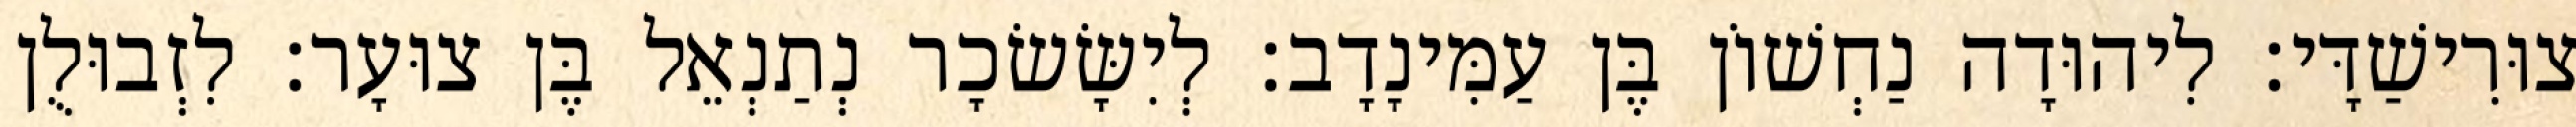
צוּרִישַׁדָּי׃ לִיהוּדָה נַחְשׁוֹן בֶּן עַמִּינָדָב׃ לְיִשָּׂשׂכָר נְתַנְאֵל בֶּן צוּעָר׃ לִזְבוּלֻן